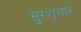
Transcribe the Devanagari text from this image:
सुरशृंगार